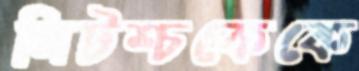
নিটশ্চকেকে